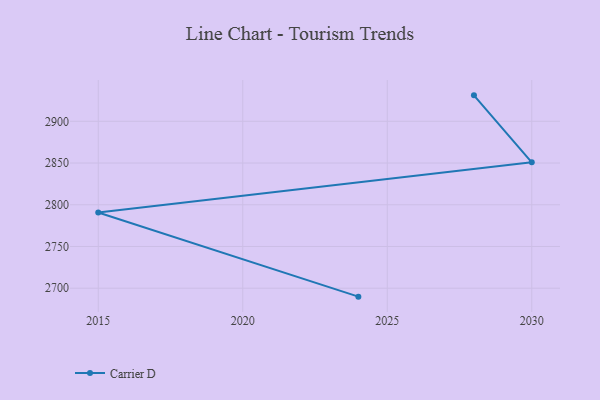
{"axis": {"x": "Year", "y": "Population (Million)"}, "legend": ["Carrier D"], "data": [{"x": "2028", "y": 2931.1, "type": "Carrier D"}, {"x": "2030", "y": 2850.9, "type": "Carrier D"}, {"x": "2015", "y": 2790.7, "type": "Carrier D"}, {"x": "2024", "y": 2689.9, "type": "Carrier D"}]}